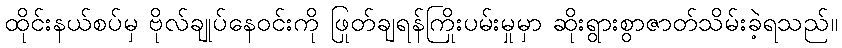
ထိုင်းနယ်စပ်မှ ဗိုလ်ချုပ်နေဝင်းကို ဖြုတ်ချရန်ကြိုးပမ်းမှုမှာ ဆိုးရွားစွာဇာတ်သိမ်းခဲ့ရသည်။